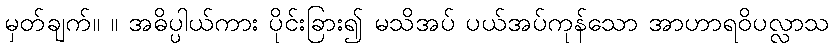
မှတ်ချက်။ ။ အဓိပ္ပါယ်ကား ပိုင်းခြား၍ မသိအပ် ပယ်အပ်ကုန်သော အာဟာရဝိပလ္လာသ